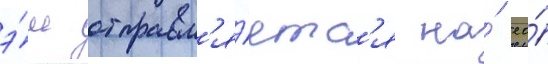
э́ш отправл'я́етс'я на́ ео́